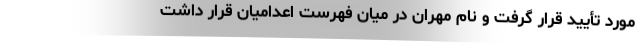
مورد تأیید قرار گرفت و نام مهران در میان فهرست اعدامیان قرار داشت